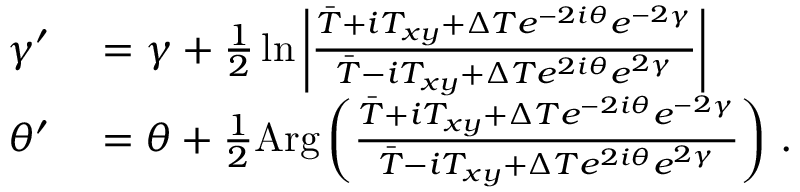
\begin{array} { r l } { \gamma ^ { \prime } } & { { } = \gamma + \frac { 1 } { 2 } \ln \left\vert \frac { \bar { T } + i T _ { x y } + \Delta T e ^ { - 2 i \theta } e ^ { - 2 \gamma } } { \bar { T } - i T _ { x y } + \Delta T e ^ { 2 i \theta } e ^ { 2 \gamma } } \right\vert } \\ { \theta ^ { \prime } } & { { } = \theta + \frac { 1 } { 2 } \mathrm { A r g } \left( \frac { \bar { T } + i T _ { x y } + \Delta T e ^ { - 2 i \theta } e ^ { - 2 \gamma } } { \bar { T } - i T _ { x y } + \Delta T e ^ { 2 i \theta } e ^ { 2 \gamma } } \right) \, . } \end{array}